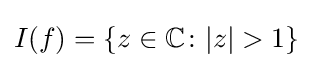
I(f)=\{z\in \mathbb {C} \colon |z|>1\}